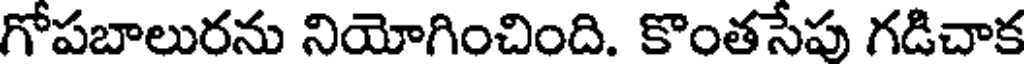
గోపబాలురను నియోగించింది. కొంతసేపు గడిచాక